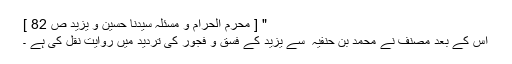
" [ محرم الحرام و مسئلہ سیّدنا حسین و یزید ص 82 ]
اس کے بعد مصنف نے محمد بن حنفیہ ؒ سے یزید کے فسق و فجور کی تردید میں روایت نقل کی ہے ۔